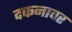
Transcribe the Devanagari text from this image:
दफनावर